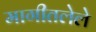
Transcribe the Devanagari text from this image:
मागीतलेले